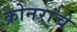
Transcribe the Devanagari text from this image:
क्रोनरांचे